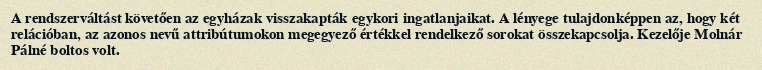
A rendszerváltást követően az egyházak visszakapták egykori ingatlanjaikat. A lényege tulajdonképpen az, hogy két relációban, az azonos nevű attribútumokon megegyező értékkel rendelkező sorokat összekapcsolja. Kezelője Molnár Pálné boltos volt.